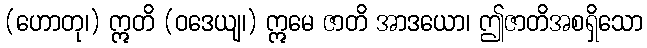
(ဟောတု၊) ဣတိ (ဝဒေယျ၊) ဣမေ ဇာတိ အာဒယော၊ ဤဇာတိအစရှိသော